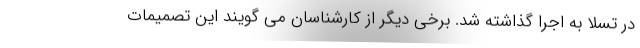
در تسلا به اجرا گذاشته شد. برخی دیگر از کارشناسان می گویند این تصمیمات